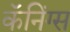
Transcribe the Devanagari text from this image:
कॅनिंग्स